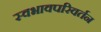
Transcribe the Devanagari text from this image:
स्वभावपरिवर्तन